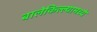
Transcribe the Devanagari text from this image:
बालेकिल्ल्यामध्ये